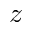
z